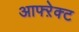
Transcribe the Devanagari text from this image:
आफ्ऱेक्ट